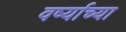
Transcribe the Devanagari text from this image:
वर्ष्याच्या